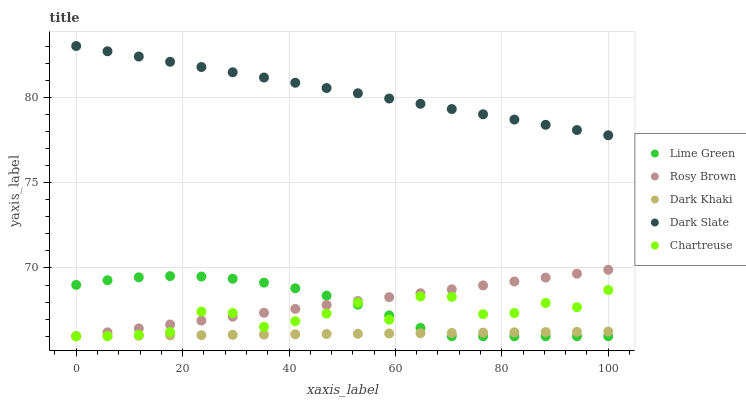
| xaxis_label | Lime Green | Rosy Brown | Dark Khaki | Dark Slate | Chartreuse |
 | --- | --- | --- | --- | --- | --- |
 | 0 | 69 | 66 | 66 | 83 | 66 |
 | 5.88 | 69.3 | 66.2 | 66 | 82.7 | 66 |
 | 11.8 | 69.5 | 66.5 | 66 | 82.4 | 66.1 |
 | 17.6 | 69.5 | 66.7 | 66 | 82.1 | 66.2 |
 | 23.5 | 69.5 | 66.9 | 66.1 | 81.8 | 67.4 |
 | 29.4 | 69.4 | 67.1 | 66.1 | 81.5 | 67.4 |
 | 35.3 | 69.1 | 67.4 | 66.1 | 81.2 | 66.6 |
 | 41.2 | 68.8 | 67.6 | 66.1 | 80.8 | 66.9 |
 | 47.1 | 68.4 | 67.8 | 66.1 | 80.5 | 67.3 |
 | 52.9 | 67.9 | 68.1 | 66.1 | 80.2 | 68 |
 | 58.8 | 67.2 | 68.3 | 66.2 | 79.9 | 67 |
 | 64.7 | 66.5 | 68.5 | 66.2 | 79.6 | 68.3 |
 | 70.6 | 66 | 68.7 | 66.2 | 79.3 | 68.3 |
 | 76.5 | 66 | 69 | 66.2 | 79 | 67.3 |
 | 82.4 | 66 | 69.2 | 66.2 | 78.7 | 67.4 |
 | 88.2 | 66 | 69.4 | 66.2 | 78.4 | 67.9 |
 | 94.1 | 66 | 69.7 | 66.3 | 78.1 | 67.7 |
 | 100 | 66 | 69.9 | 66.3 | 77.8 | 68.7 |